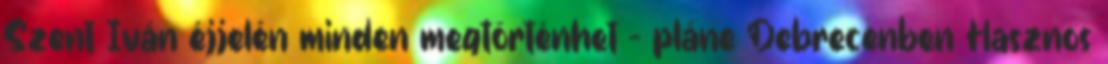
Szent Iván éjjelén minden megtörténhet – pláne Debrecenben Hasznos